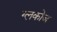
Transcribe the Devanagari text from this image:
ग्लकोज